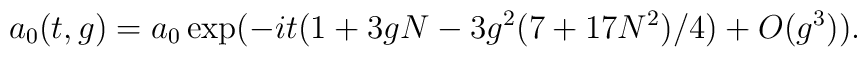
a_{0}(t,g)=a_{0}\exp(-it(1+3gN-3g^{2}(7+17N^{2})/4) +O(g^3)).